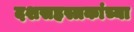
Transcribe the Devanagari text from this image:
दशसहस्त्रकांच्या